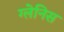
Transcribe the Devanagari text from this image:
ग्लेनिस